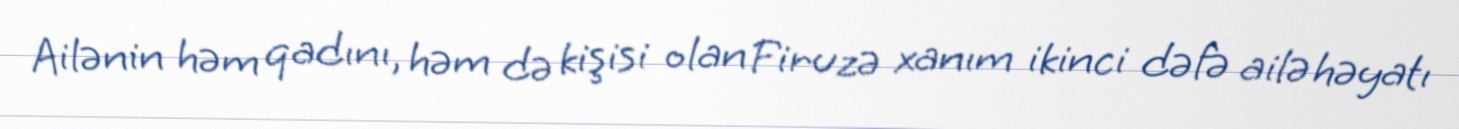
Ailənin həm qadını, həm də kişisi olan Firuzə xanım ikinci dəfə ailə həyatı